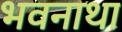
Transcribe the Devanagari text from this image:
भवनाथा